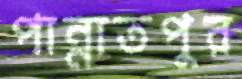
পান্নাতপুর